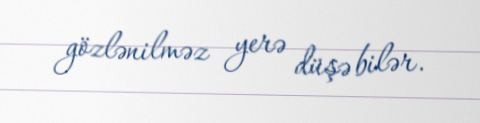
gözlənilməz yerə düşə bilər.